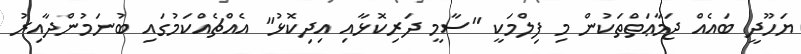
ޔަހޫދީ ބައެއް ޖަމާޢަތްތަކުން މި ފިލްމަކީ ''ސާމީ ދަރިކޮޅާއި އިދިކޮޅު'' އެއްޗެއްކަމުގައި ބުނަމުންދާއިރު